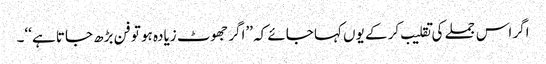
اگر اس جملے کی تقلیب کر کے یوں کہا جائے کہ ’’اگر جھوٹ زیادہ ہو تو فن بڑھ جاتا ہے ‘‘۔